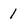
Character: 1